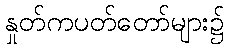
နှုတ်ကပတ်တော်များ၌